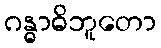
ဂန္ဓာဓိဘူတော